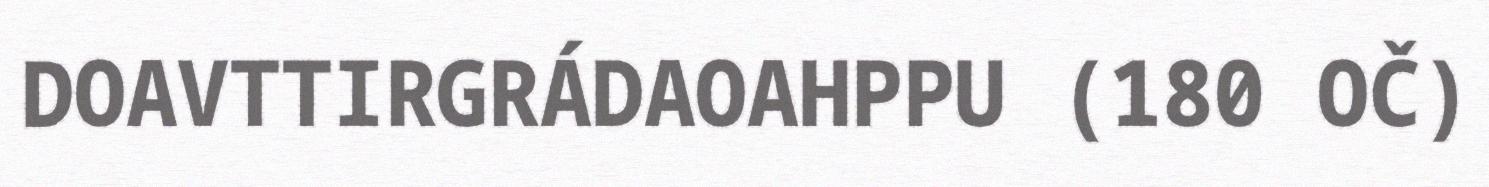
DOAVTTIRGRÁDAOAHPPU (180 OČ)